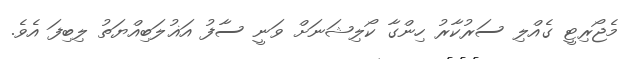
މެޖޯރިޓީ ގެއްލި ސަރުކާރު ހިންގާ ކޯލިޝަނަށް ވަނީ ސާފު އަޣުލަބިއްޔަތު ލިބިފަ އެވެ.